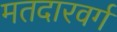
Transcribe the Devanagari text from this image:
मतदारवर्ग